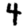
Digit: 4